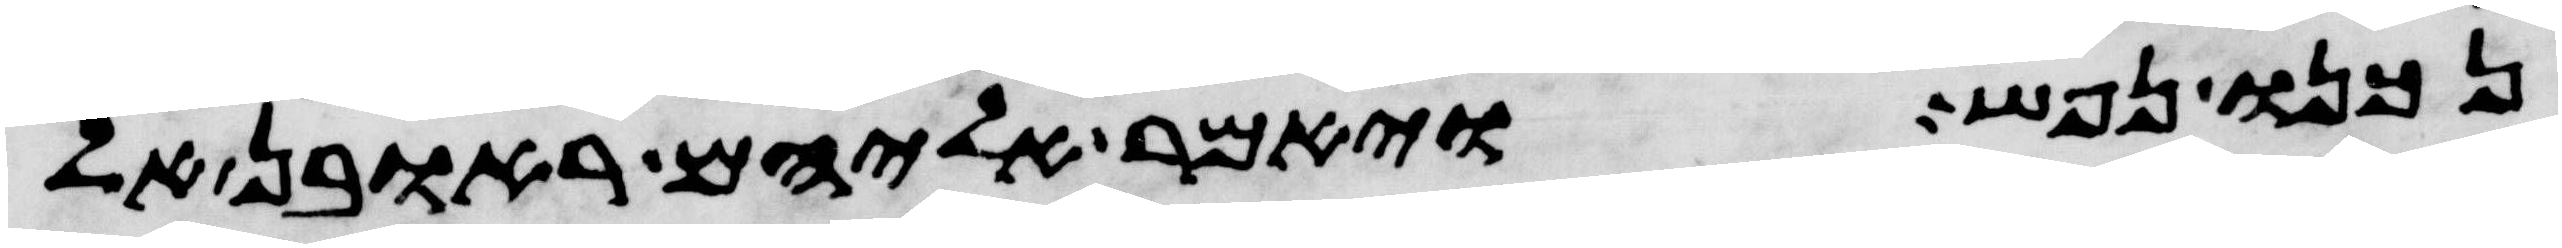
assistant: נכנו נפש ויאמר אליהם ראובן אל